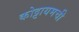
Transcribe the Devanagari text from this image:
कोट्टायमची